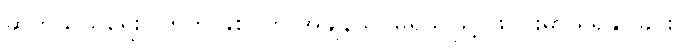
ဆက်သွယ်ရေးဂြိုဟ်တု နှစ်ပက် အချိန်သိပ်မရှိသဖြင့် ဖဲဝိုင်းမှာ ရရှိနိုင်ခြင်း